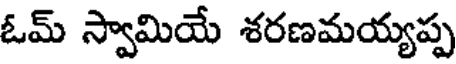
ఓమ్ స్వామియే శరణమయ్యప్ప